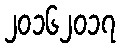
၂၀၁၆၂၀၁၇